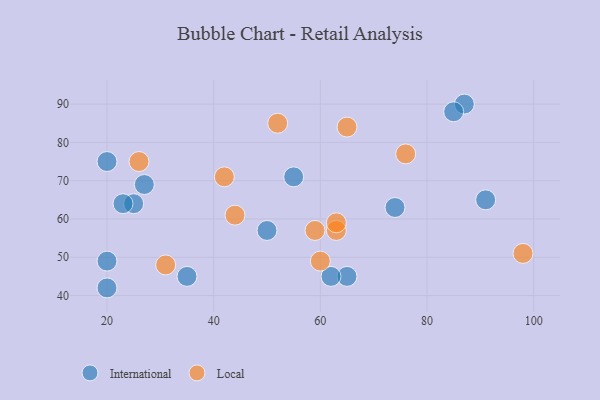
{"axis": {"x": "GDP", "y": "Life Expectancy"}, "legend": ["International", "Local"], "data": [{"x": "25", "y": 64, "type": "International"}, {"x": "20", "y": 49, "type": "International"}, {"x": "87", "y": 90, "type": "International"}, {"x": "55", "y": 71, "type": "International"}, {"x": "35", "y": 45, "type": "International"}, {"x": "85", "y": 88, "type": "International"}, {"x": "27", "y": 69, "type": "International"}, {"x": "20", "y": 42, "type": "International"}, {"x": "65", "y": 45, "type": "International"}, {"x": "62", "y": 45, "type": "International"}, {"x": "23", "y": 64, "type": "International"}, {"x": "50", "y": 57, "type": "International"}, {"x": "91", "y": 65, "type": "International"}, {"x": "74", "y": 63, "type": "International"}, {"x": "20", "y": 75, "type": "International"}, {"x": "98", "y": 51, "type": "Local"}, {"x": "26", "y": 75, "type": "Local"}, {"x": "31", "y": 48, "type": "Local"}, {"x": "60", "y": 49, "type": "Local"}, {"x": "42", "y": 71, "type": "Local"}, {"x": "44", "y": 61, "type": "Local"}, {"x": "76", "y": 77, "type": "Local"}, {"x": "63", "y": 57, "type": "Local"}, {"x": "63", "y": 59, "type": "Local"}, {"x": "59", "y": 57, "type": "Local"}, {"x": "52", "y": 85, "type": "Local"}, {"x": "65", "y": 84, "type": "Local"}]}